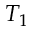
T _ { 1 }